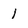
Character: 1